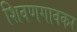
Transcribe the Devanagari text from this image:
शिवणगावकर